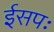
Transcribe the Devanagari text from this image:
ईसपः